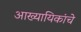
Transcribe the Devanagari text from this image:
आख्यायिकांचे